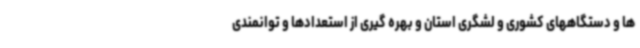
ها و دستگاههای کشوری و لشگری استان و بهره گیری از استعدادها و توانمندی